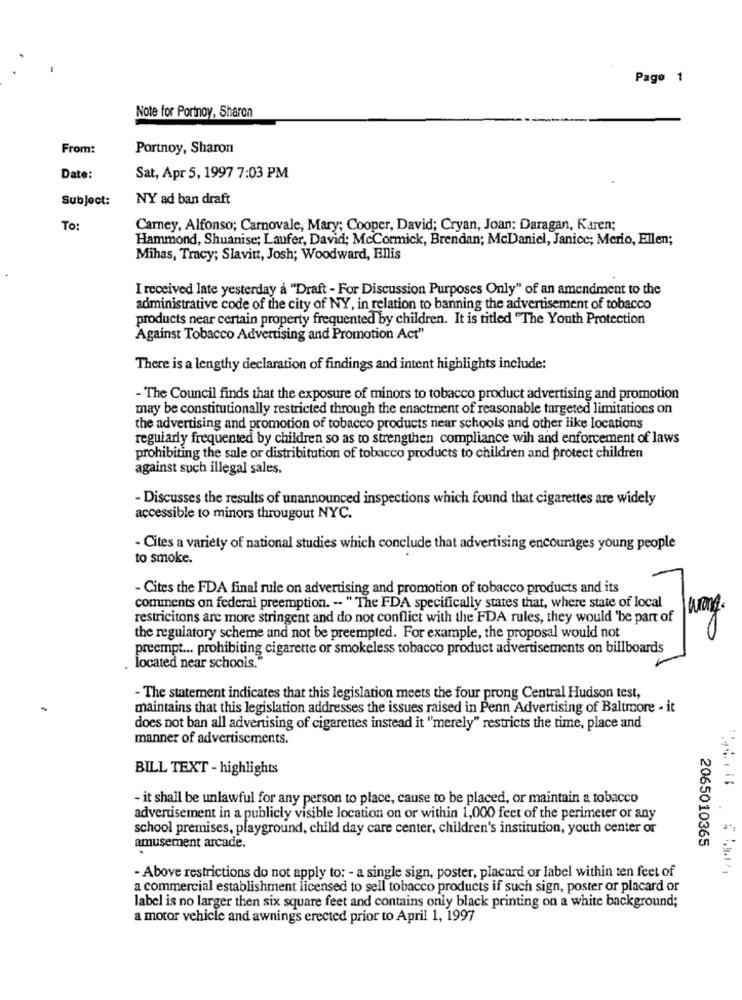
Page 1
Note for Portnoy, Sharon
From:
Portnoy, Sharon
Date:
Sat, Apr 5, 1997 7:03 PM
Subject:
NY ad ban draft
To:
Carney, Alfonso; Carnovale, Mary; Cooper, David; Cryan, Joan: Daragan, Karen;
Hammond, Shuanise; Laufer, David; McCormick, Brendan; McDaniel, Janice; Merio, Ellen;
Mihas, Tracy; Slavitt, Josh; Woodward, Ellis
I received late yesterday a "Draft - For Discussion Purposes Only" of an amendment to the
administrative code of the city of NY, in relation to banning the advertisement of tobacco
products near certain property frequented by children. It is titled "The Youth Protection
Against Tobacco Advertising and Promotion Act"
There is a lengthy declaration of findings and intent highlights include:
- The Council finds that the exposure of minors to tobacco product advertising and promotion
may be constitutionally restricted through the enactment of reasonable targeted limitations on
the advertising and promotion of tobacco products near schools and other like locations
regularly frequented by children so as to strengthen compliance wih and enforcement of laws
prohibiting the sale or distribitution of tobacco products to children and protect children
against such illegal sales.
- Discusses the results of unannounced inspections which found that cigarettes are widely
accessible to minors througout NYC.
- Cites a variety of national studies which conclude that advertising encourages young people
to smoke.
- Cites the FDA final rule on advertising and promotion of tobacco products and its
comments on federal preemption. -- " The FDA specifically states that, where state of local
restricitons are more stringent and do not conflict with the FDA rules, they would 'be part of
the regulatory scheme and not be preempted. For example, the proposal would not
preempt ... prohibiting cigarette or smokeless tobacco product advertisements on billboards
located near schools."
-The statement indicates that this legislation meets the four prong Central Hudson test,
maintains that this legislation addresses the issues raised in Penn Advertising of Baltmore - it
does not ban all advertising of cigarettes instead it "merely" restricts the time, place and
manner of advertisements.
BILL TEXT - highlights
- it shall be unlawful for any person to place, cause to be placed, or maintain a tobacco
advertisement in a publicly visible location on or within 1,000 feet of the perimeter or any
school premises, playground, child day care center, children's institution, youth center or
2065010365
amusement arcade.
- Above restrictions do not apply to: - a single sign, poster, placard or label within ten feet of
a commercial establishment licensed to sell tobacco products if such sign, poster or placard or
label is no larger then six square feet and contains only black printing on a white background;
a motor vehicle and awnings erected prior to April 1, 1997